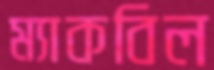
ম্যাকবিল